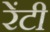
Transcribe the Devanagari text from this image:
रेंटी